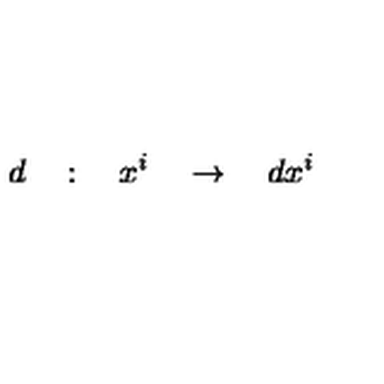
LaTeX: d \quad : \quad x ^ { i } \quad \rightarrow \quad d x ^ { i }